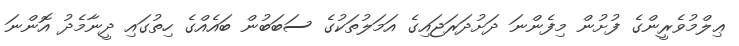
ޢިލްމުވެރީންގެ ފުށުން މިފެންނަ ދަށުދަރަޖައިގެ އަމަލުތަކުގެ ސަބަބުން ބައެއްގެ ހިތުގައި ދީނާމެދު އޮންނަ